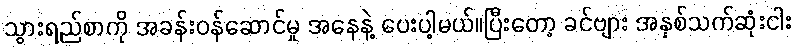
သွားရည်စာကို အခန်းဝန်ဆောင်မှု အနေနဲ့ ပေးပါ့မယ်။ပြီးတော့ ခင်ဗျား အနှစ်သက်ဆုံးငါး